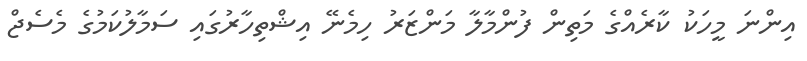
އިންނަ މީހަކު ކާރެއްގެ މަތިން ފުންމާލާ މަންޒަރު ހިމެނޭ އިޝްތިހާރުގައި ސަމާލުކަމުގެ މެސެޖް